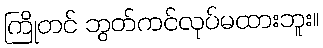
ကြိုတင် ဘွတ်ကင်လုပ်မထားဘူး။